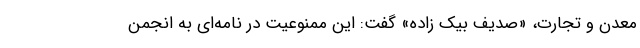
معدن و تجارت، «صدیف بیک زاده» گفت: این ممنوعیت در نامه‌ای به انجمن